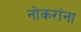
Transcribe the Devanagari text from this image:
नोकरांना